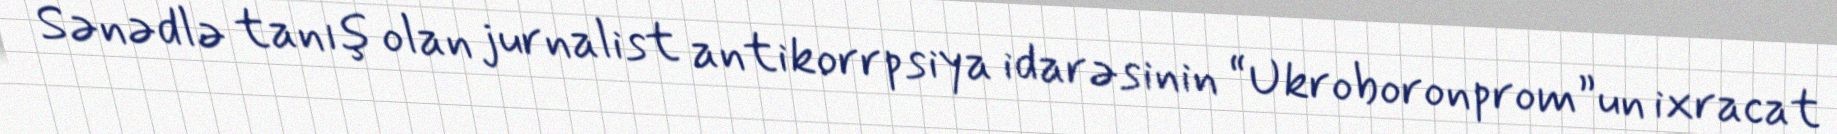
Sənədlə tanış olan jurnalist antikorrpsiya idarəsinin “Ukroboronprom”un ixracat